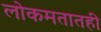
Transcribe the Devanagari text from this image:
लोकमतातही